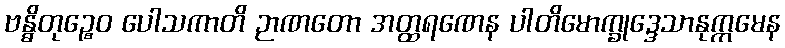
ဗန္ဓိတုဉ္စေဝ ပေါသကာတိ ဉာဏတော အတ္ထရဏေန ပါတိမောက္ခုဒ္ဒေသာနုက္ကမေန